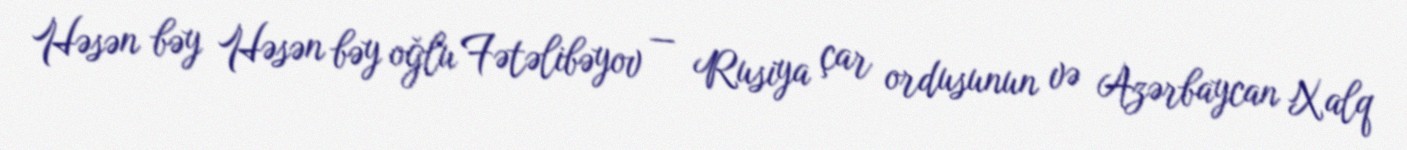
Həsən bəy Həsən bəy oğlu Fətəlibəyov — Rusiya çar ordusunun və Azərbaycan Xalq